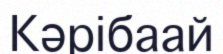
Кәрібаай